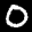
Label: 0